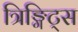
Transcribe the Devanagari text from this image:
त्रिङ्गिट्स